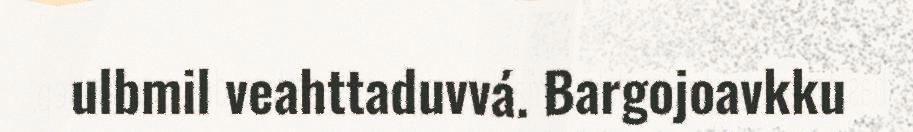
ulbmil veahttaduvvá. Bargojoavkku